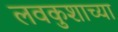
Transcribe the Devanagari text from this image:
लवकुशाच्या